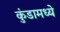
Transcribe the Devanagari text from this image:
कुंडामध्ये